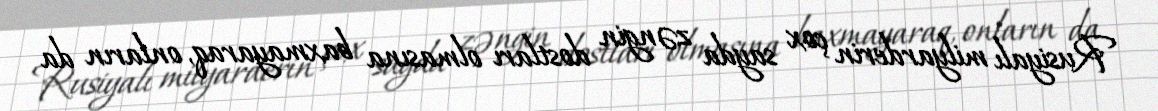
Rusiyalı milyarderin çox sayda zəngin dostları olmasına baxmayaraq, onların da